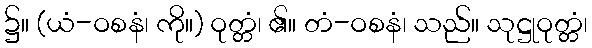
၌။ (ယံ-ဝစနံ၊ ကို။) ဝုတ္တံ၊ ၏။ တံ-ဝစနံ၊ သည်။ သုဋ္ဌုဝုတ္တံ၊